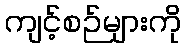
ကျင့်စဉ်များကို